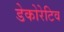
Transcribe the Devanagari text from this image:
डेकोरेटिव